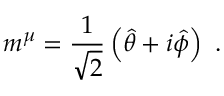
m ^ { \mu } = { \frac { 1 } { \sqrt { 2 } } } \left( { \hat { \theta } } + i { \hat { \phi } } \right) \ .